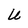
Character: U